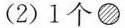
(2)1个●